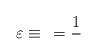
LaTeX: \begin{align*}\varepsilon \equiv \frac{}{} = \frac{1}{}\end{align*}